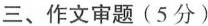
三、作文审题(5分)